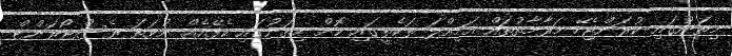
މިތަނުގައި ކުރަންޖެހޭ މަރާމާތުތައް އަމިއްލަ ތަކެތީގައި ކޮށް މިތަނުގައި ކެފޭއެއް ނުވަތަ ރެސްޓޯރަންޓް